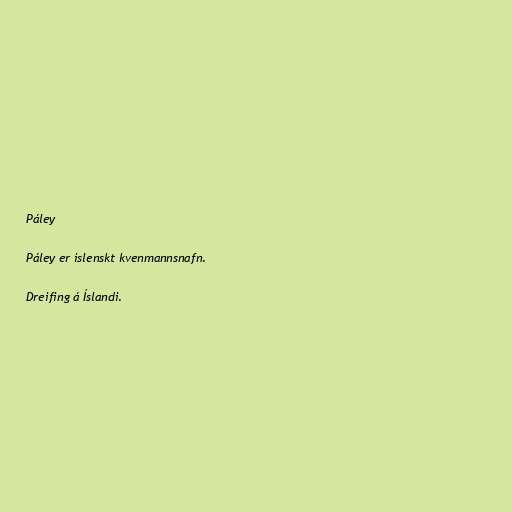
Páley

Páley er íslenskt kvenmannsnafn.

Dreifing á Íslandi.